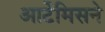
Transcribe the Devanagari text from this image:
आर्टेमिसने